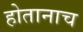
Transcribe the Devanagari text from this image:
होतानाच